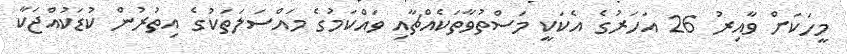
މީހަކަށް ވާއިރު 26 އަހަރުގެ އެކަކީ މަސްތުވާތަކެއްޗާއި ވައްކަމުގެ މައްސަލަތަކުގެ އިތުރުން ކުޑަކުއްޖަކާ